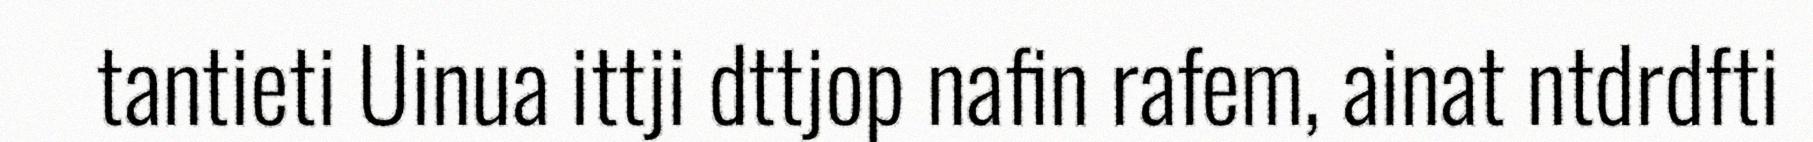
tantieti Uinua ittji dttjop nafin rafem, ainat ntdrdfti